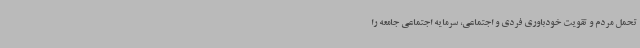
تحمل مردم و تقویت خودباوری فردی و اجتماعی، سرمایه اجتماعی جامعه را